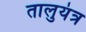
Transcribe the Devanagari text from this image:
तालुयंत्र